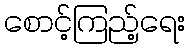
စောင့်ကြည့်ရေး